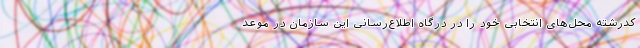
کدرشته محل‌های انتخابی خود را در درگاه اطلاع‌رسانی این سازمان در موعد